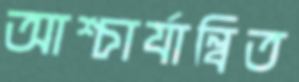
আশ্চার্যান্বিত